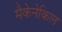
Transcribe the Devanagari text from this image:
मैकेनेकिल